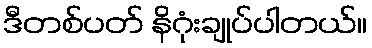
ဒီတစ်ပတ် နိဂုံးချုပ်ပါတယ်။